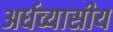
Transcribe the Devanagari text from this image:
अर्धव्यासीय